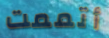
أتممت